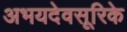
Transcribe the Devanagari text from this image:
अभयदेवसूरिके